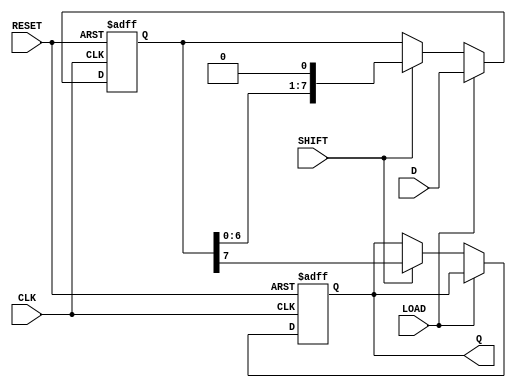
module PISO_Register #(
    parameter WIDTH = 8  // Parameter to define the width of the register
)(
    input wire [WIDTH-1:0] D,      // Parallel data input
    input wire LOAD,                // Load signal
    input wire SHIFT,               // Shift signal
    input wire CLK,                 // Clock signal
    input wire RESET,               // Asynchronous reset signal
    output reg Q                   // Serial output
);

    reg [WIDTH-1:0] SR;             // Shift register

    always @(posedge CLK or posedge RESET) begin
        if (RESET) begin
            SR <= {WIDTH{1'b0}};     // Reset shift register to 0
            Q <= 1'b0;               // Reset serial output
        end else begin
            if (LOAD) begin
                SR <= D;             // Load parallel data into shift register
            end else if (SHIFT) begin
                Q <= SR[WIDTH-1];    // Output the MSB to Q
                SR <= {SR[WIDTH-2:0], 1'b0}; // Shift right (MSB out, LSB filled with 0)
            end
        end
    end

endmodule